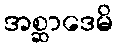
အစ္ဆာဒေမိ